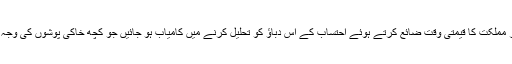
تاکہ دونوں لڑ کر مملکت کا قیمتی وقت ضائع کرتے ہوئے احتساب کے اُس دباؤ کو تحلیل کرنے میں کامیاب ہو جائیں جو کچھ خاکی پوشوں کی وجہ سے پیدا ہوا ہے۔